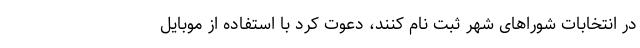
در انتخابات شوراهای شهر ثبت نام کنند، دعوت کرد با استفاده از موبایل